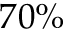
7 0 \%